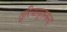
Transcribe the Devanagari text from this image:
तुरियामृतनन्द